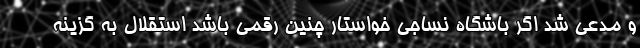
و مدعی شد اگر باشگاه نساجی خواستار چنین رقمی باشد استقلال به گزینه